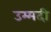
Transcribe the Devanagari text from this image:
उम्मदी